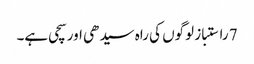
7 راستباز لوگوں کی راہ سیدھی اور سچی ہے۔